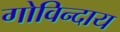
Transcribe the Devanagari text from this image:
गोविन्दाय